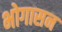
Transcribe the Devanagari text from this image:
भोगासन